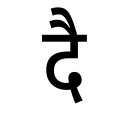
OCR:
दै